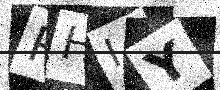
Text: RHIY